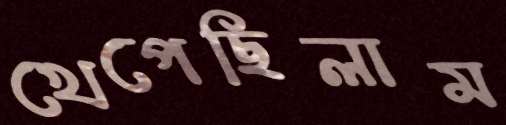
খেপেছিলাম